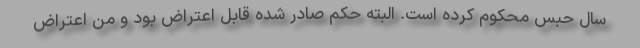
سال حبس محکوم کرده است. البته حکم صادر شده قابل اعتراض بود و من اعتراض